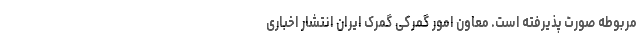
مربوطه صورت پذیرفته است. معاون امور گمرکی گمرک ایران انتشار اخباری